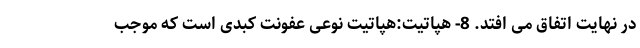
در نهایت اتفاق می افتد. 8- هپاتیت:هپاتیت نوعی عفونت کبدی است که موجب